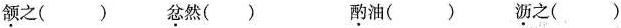
\underset{·}{颔}之() \underset{·}{忿}然() \underset{·}{酌}油() \underset{·}{沥}之()